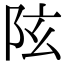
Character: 𨸫